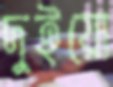
দুইয়ো